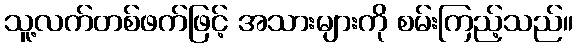
သူ့လက်တစ်ဖက်ဖြင့် အသားများကို စမ်းကြည့်သည်။